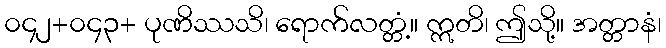
၀၄၂+၀၄၃+ ပုဏိဿသိ၊ ရောက်လတ္တံ့။ ဣတိ၊ ဤသို့။ အတ္တာနံ၊